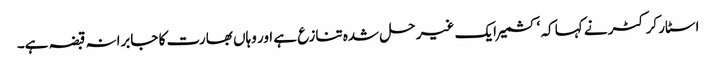
اسٹار کرکٹر نے کہا کہ ‘کشمیر ایک غیر حل شدہ تنازع ہے اور وہاں بھارت کا جابرانہ قبضہ ہے۔